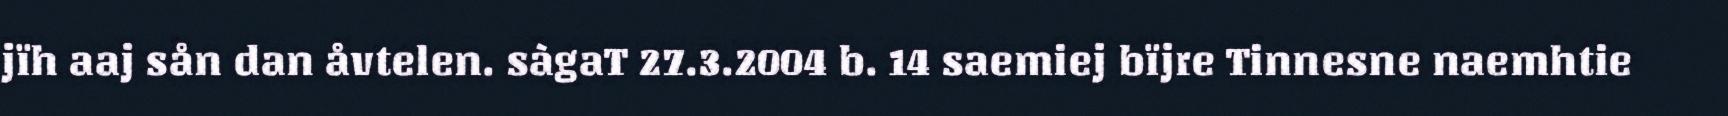
jïh aaj sån dan åvtelen. sàgaT 27.3.2004 b. 14 saemiej bïjre Tinnesne naemhtie